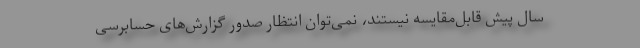
سال پیش قابل‌مقایسه نیستند، نمی‌توان انتظار صدور گزارش‌های حسابرسی